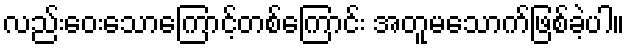
လည်းဝေးသောကြောင့်တစ်ကြောင်း အတူမသောက်ဖြစ်ခဲ့ပါ။